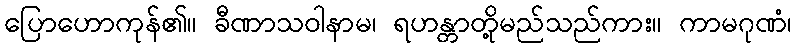
ပြောဟောကုန်၏။ ခီဏာသဝါနာမ၊ ရဟန္တာတို့မည်သည်ကား။ ကာမဂုဏံ၊